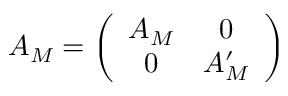
A _ { M } = \left( \begin{array} { c c } { { A _ { M } } } & { { 0 } } \\ { { 0 } } & { { A _ { M } ^ { \prime } } } \end{array} \right)